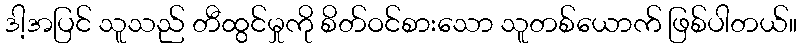
ဒါ့အပြင် သူသည် တီထွင်မှုကို စိတ်ဝင်စားသော သူတစ်ယောက် ဖြစ်ပါတယ်။